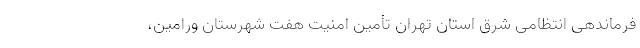
فرماندهی انتظامی شرق استان تهران تأمین امنیت هفت شهرستان ورامین،